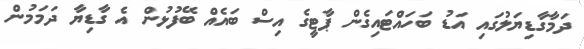
ދަމާގާޑިޔަލުގައި އަޑު ބަހައްޓައިގެން ޕާޓީގެ އިސް ބައެއް ބޭފުޅުން އެ ގާޑިޔާ ދަމަމުން